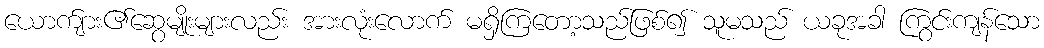
ယောက်ျား၏ဆွေမျိုးများလည်း အားလုံးလောက် မရှိကြတော့သည်ဖြစ်၍ သူမသည် ယခုအခါ ကြွင်းကျန်သော